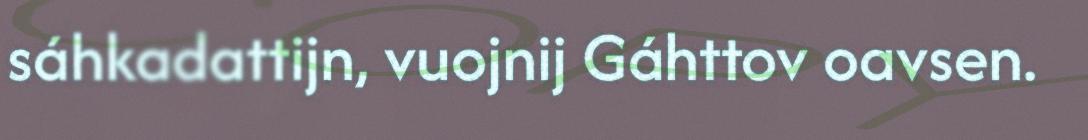
sáhkadattijn, vuojnij Gáhttov oavsen.